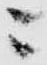
ニ